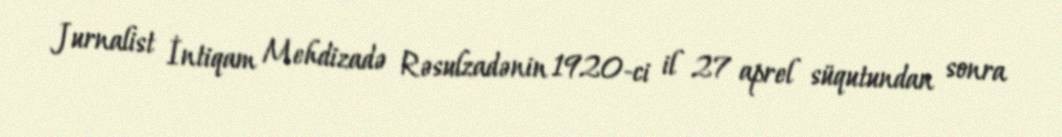
Jurnalist İntiqam Mehdizadə Rəsulzadənin 1920-ci il 27 aprel süqutundan sonra